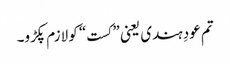
تم عودِ ہندی یعنی ”کست“ کو لازم پکڑو۔